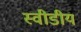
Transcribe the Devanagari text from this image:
स्वीडीय